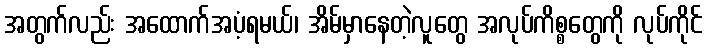
အတွက်လည်း အထောက်အပံ့ရမယ်၊ အိမ်မှာနေတဲ့လူတွေ အလုပ်ကိစ္စတွေကို လုပ်ကိုင်